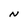
Character: N